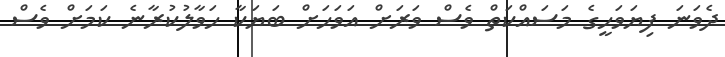
ދެވަނަ ފިޔަވަހީގެ މަސައްކަތް ވެސް ވަރަށް އަވަހަށް ބަޔަކާ ހަވާލުކުރާނެ ކަމަށް ވެސް